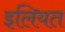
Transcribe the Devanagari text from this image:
इलियत